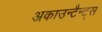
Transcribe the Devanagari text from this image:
अकाउन्टैन्ट्स